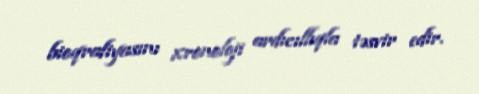
bioqrafiyasını xronoloji ardıcıllıqla təsvir edir.